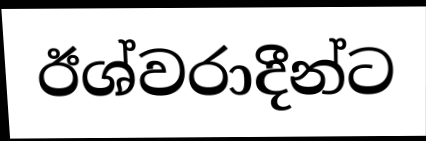
ඊශ්වරාදීන්ට